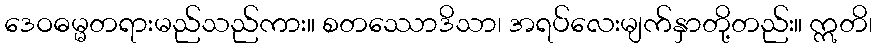
ဒေဝဓမ္မတရားမည်သည်ကား။ စတဿောဒိသာ၊ အရပ်လေးမျက်နှာတို့တည်း။ ဣတိ၊